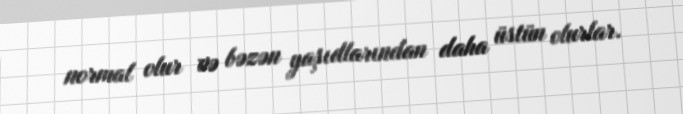
normal olur və bəzən yaşıdlarından daha üstün olurlar.